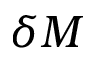
\delta M